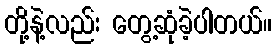
တို့နဲ့လည်း တွေ့ဆုံခဲ့ပါတယ်။